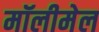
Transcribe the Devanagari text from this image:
मॉलीमेल